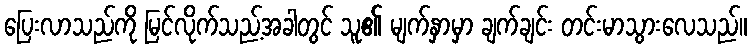
ပြေးလာသည်ကို မြင်လိုက်သည့်အခါတွင် သူ၏ မျက်နှာမှာ ချက်ချင်း တင်းမာသွားလေသည်။